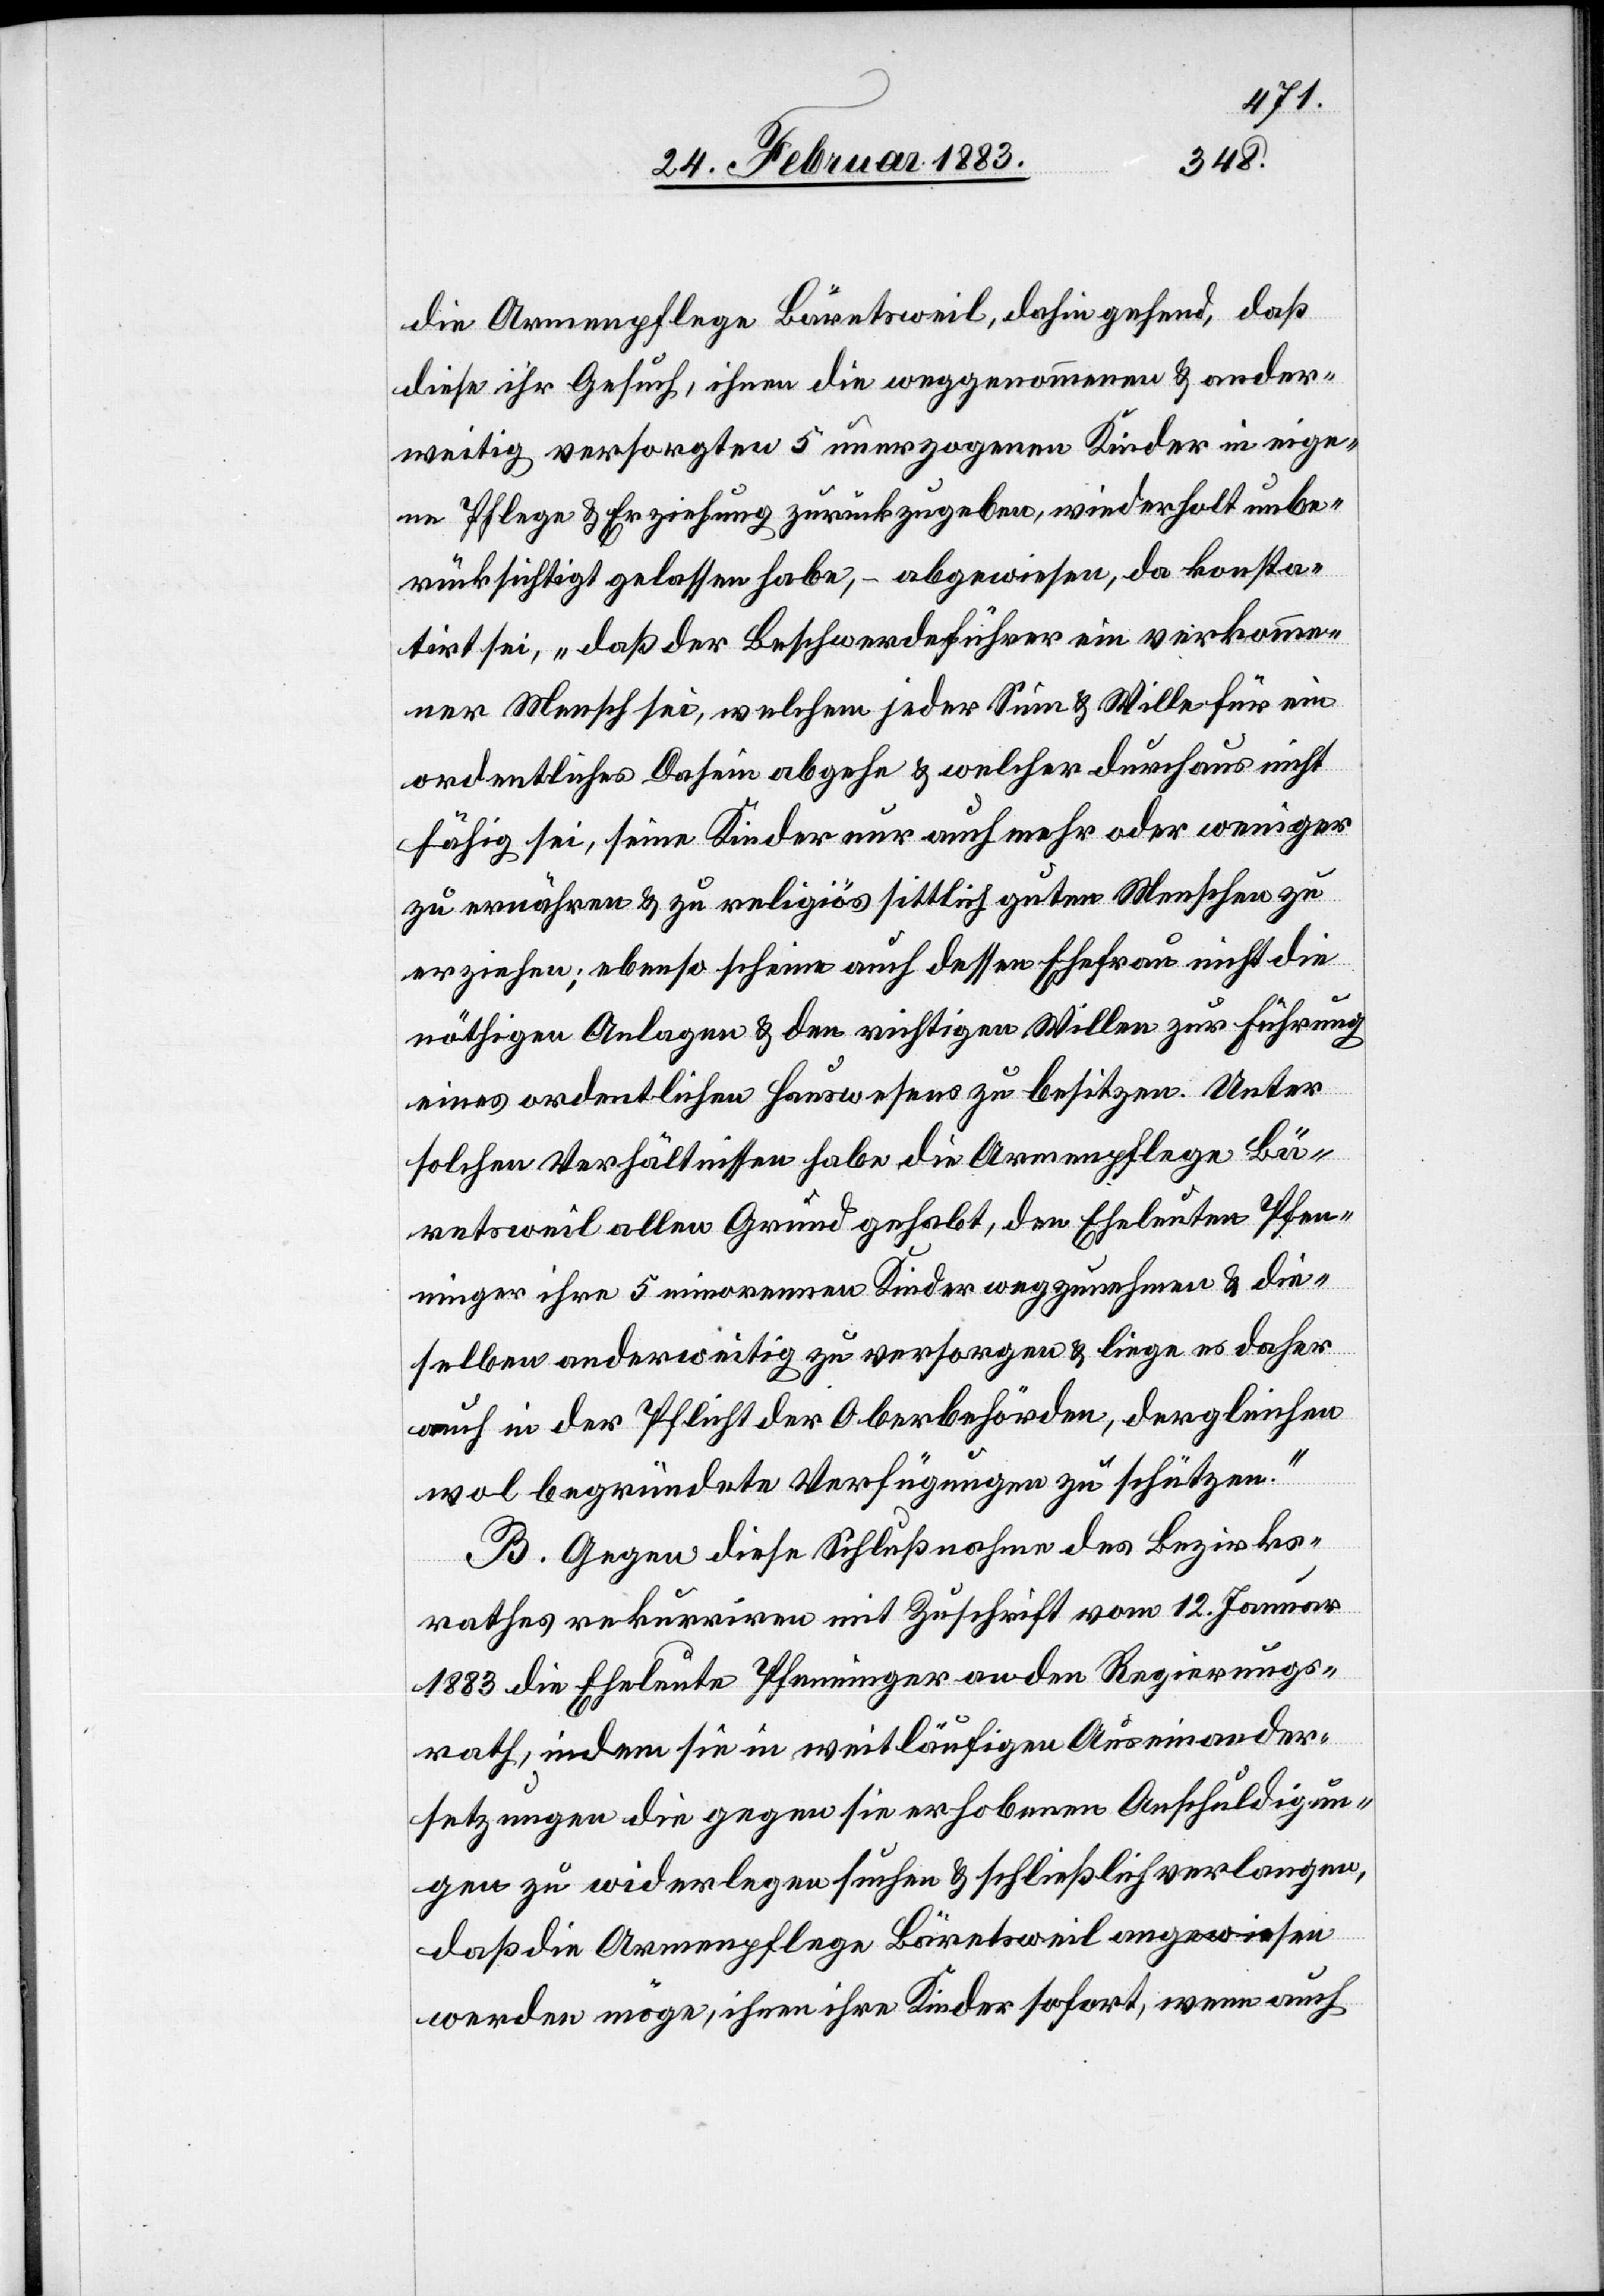
die Armenpflege Bäretsweil, dahin gehend, daß
diese ihr Gesuch, ihnen die weggenommenen & ander¬
weitig versorgten 5 unerzogenen Kinder in eige¬
ne Pflege & Erziehung zurückzugeben, wiederholt unbe¬
rücksichtigt gelassen habe, – abgewiesen, da konsta¬
tirt sei, „daß der Beschwerdeführer ein verkomme¬
ner Mensch sei, welchem jeder Sinn & Wille für ein
ordentliches Dasein abgehe & welcher durchaus nicht
fähig sei, seine Kinder nur auch mehr oder weniger
zu ernähren & zu religiös sittlich guten Menschen zu
erziehen; ebenso scheine auch dessen Ehefrau nicht die
nöthigen Anlagen & den richtigen Willen zur Führung
eines ordentlichen Hauswesens zu besitzen. Unter
solchen Verhältnissen habe die Armenpflege Bä¬
retsweil allen Grund gehabt, den Eheleuten Pfen¬
ninger ihre 5 minorennen Kinder wegzunehmen & die¬
selben anderweitig zu versorgen & liege es daher
auch in der Pflicht der Oberbehörden, dergleichen
wol begründete Verfügungen zu schützen.“
B. Gegen diese Schlußnahme des Bezirks¬
rathes rekurriren mit Zuschrift vom 12. Januar
1883 die Eheleute Pfenninger an den Regierungs¬
rath, indem sie in weitläufigen Auseinander¬
setzungen die gegen sie erhobenen Anschuldigun¬
gen zu widerlegen suchen & schließlich verlangen,
daß die Armenpflege Bäretsweil angewiesen
werden möge, ihnen ihre Kinder sofort, wenn auch